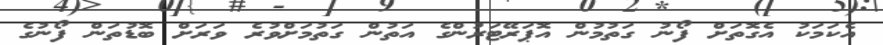
އެކަމަކު އެގޮތަށް ފޯނު ގަތުމުން އޮޕަރޭޓަރުންގެ އަތުން ގަތުމަށްވުރެ ވަރަށް ބޮޑުތަން ފޯނުގެ